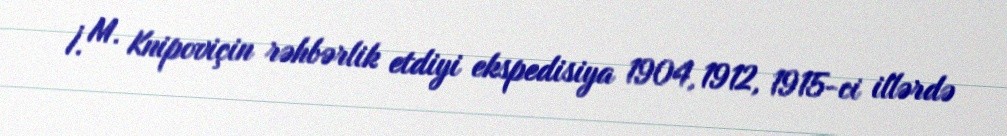
İ. M. Knipoviçin rəhbərlik etdiyi ekspedisiya 1904, 1912, 1915-ci illərdə